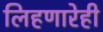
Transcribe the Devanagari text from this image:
लिहणारेही